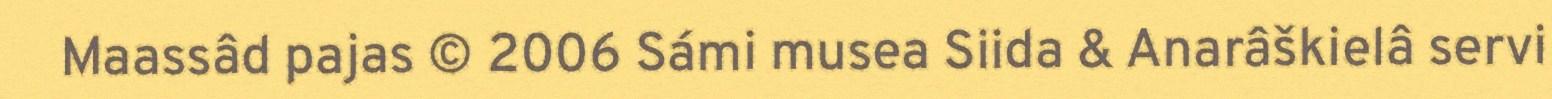
Maassâd pajas © 2006 Sámi musea Siida & Anarâškielâ servi